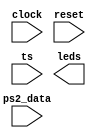
module handshake_p1(input clock, reset,
					input [3:0] ps2_data, input ts,
					output reg [3:0] leds);

// Your code goes here...

endmodule